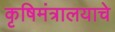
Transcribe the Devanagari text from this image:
कृषिमंत्रालयाचे